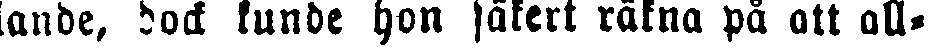
lande, dock kunde hon säkert räkna på att all-